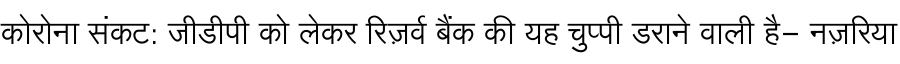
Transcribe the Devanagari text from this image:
कोरोना संकट: जीडीपी को लेकर रिज़र्व बैंक की यह चुप्पी डराने वाली है- नज़रिया